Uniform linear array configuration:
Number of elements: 16
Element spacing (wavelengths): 0.25
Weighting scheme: hann
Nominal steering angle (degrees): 45
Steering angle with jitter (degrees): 45.6
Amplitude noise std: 0.05
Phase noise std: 0.05

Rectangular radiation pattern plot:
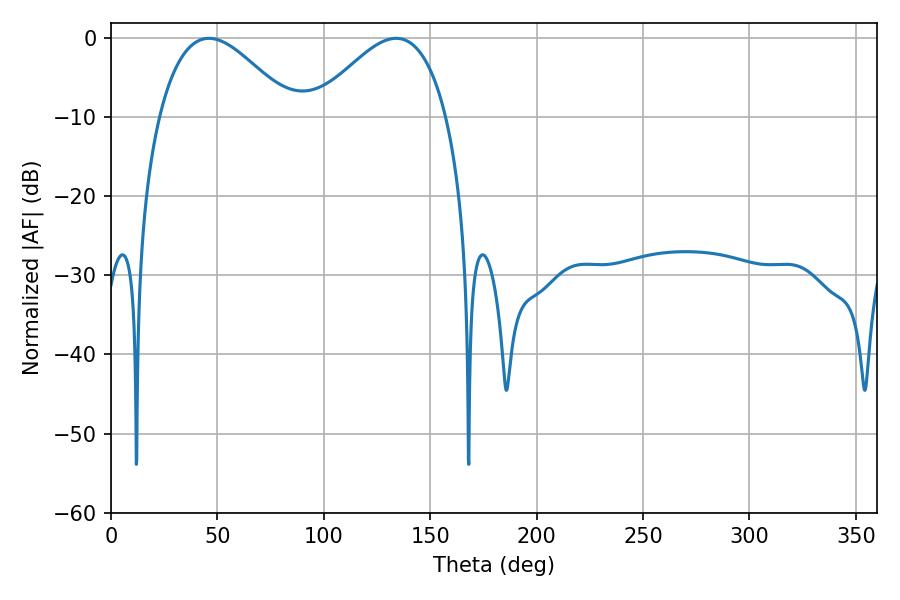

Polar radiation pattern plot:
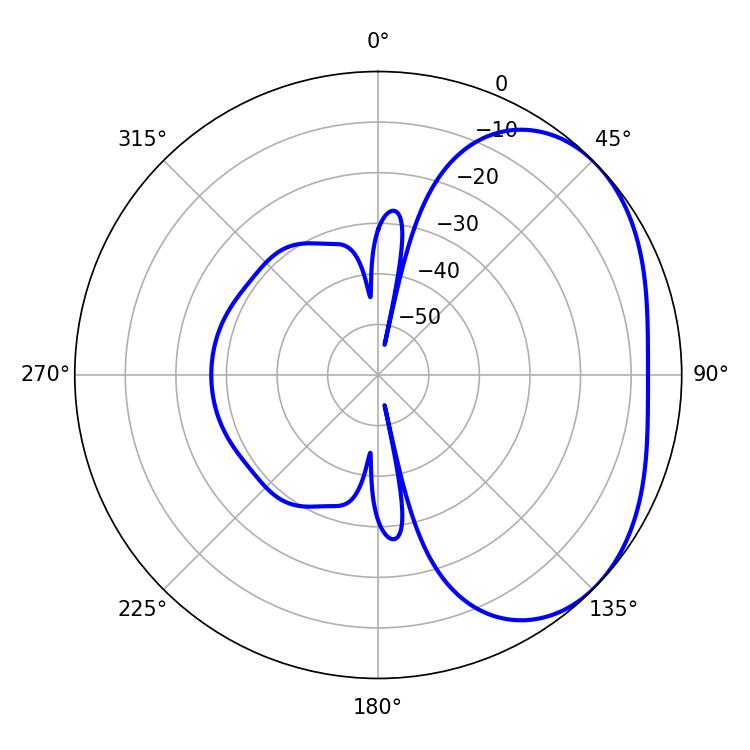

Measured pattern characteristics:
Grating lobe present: FALSE
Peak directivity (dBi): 3.052
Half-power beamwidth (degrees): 33.66
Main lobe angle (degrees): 46.08